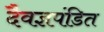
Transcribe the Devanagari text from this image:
दैवज्ञपंडित